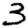
Digit: 3